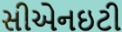
સીએનઇટી